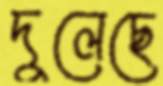
দুলেছে